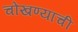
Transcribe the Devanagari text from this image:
चोखण्याची